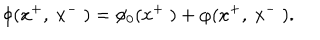
\phi ( x ^ { + } , ~ x ^ { - } ~ ) = \phi _ { 0 } ( x ^ { + } ~ ) + \varphi ( x ^ { + } , ~ x ^ { - } ~ ) .